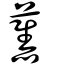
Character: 𫇰